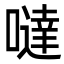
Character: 噠